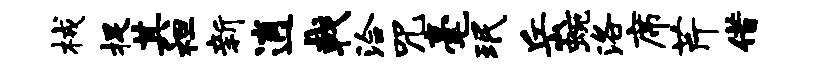
械捉其袒新逍戟洽咒毫珉岳蜿洛席芹借